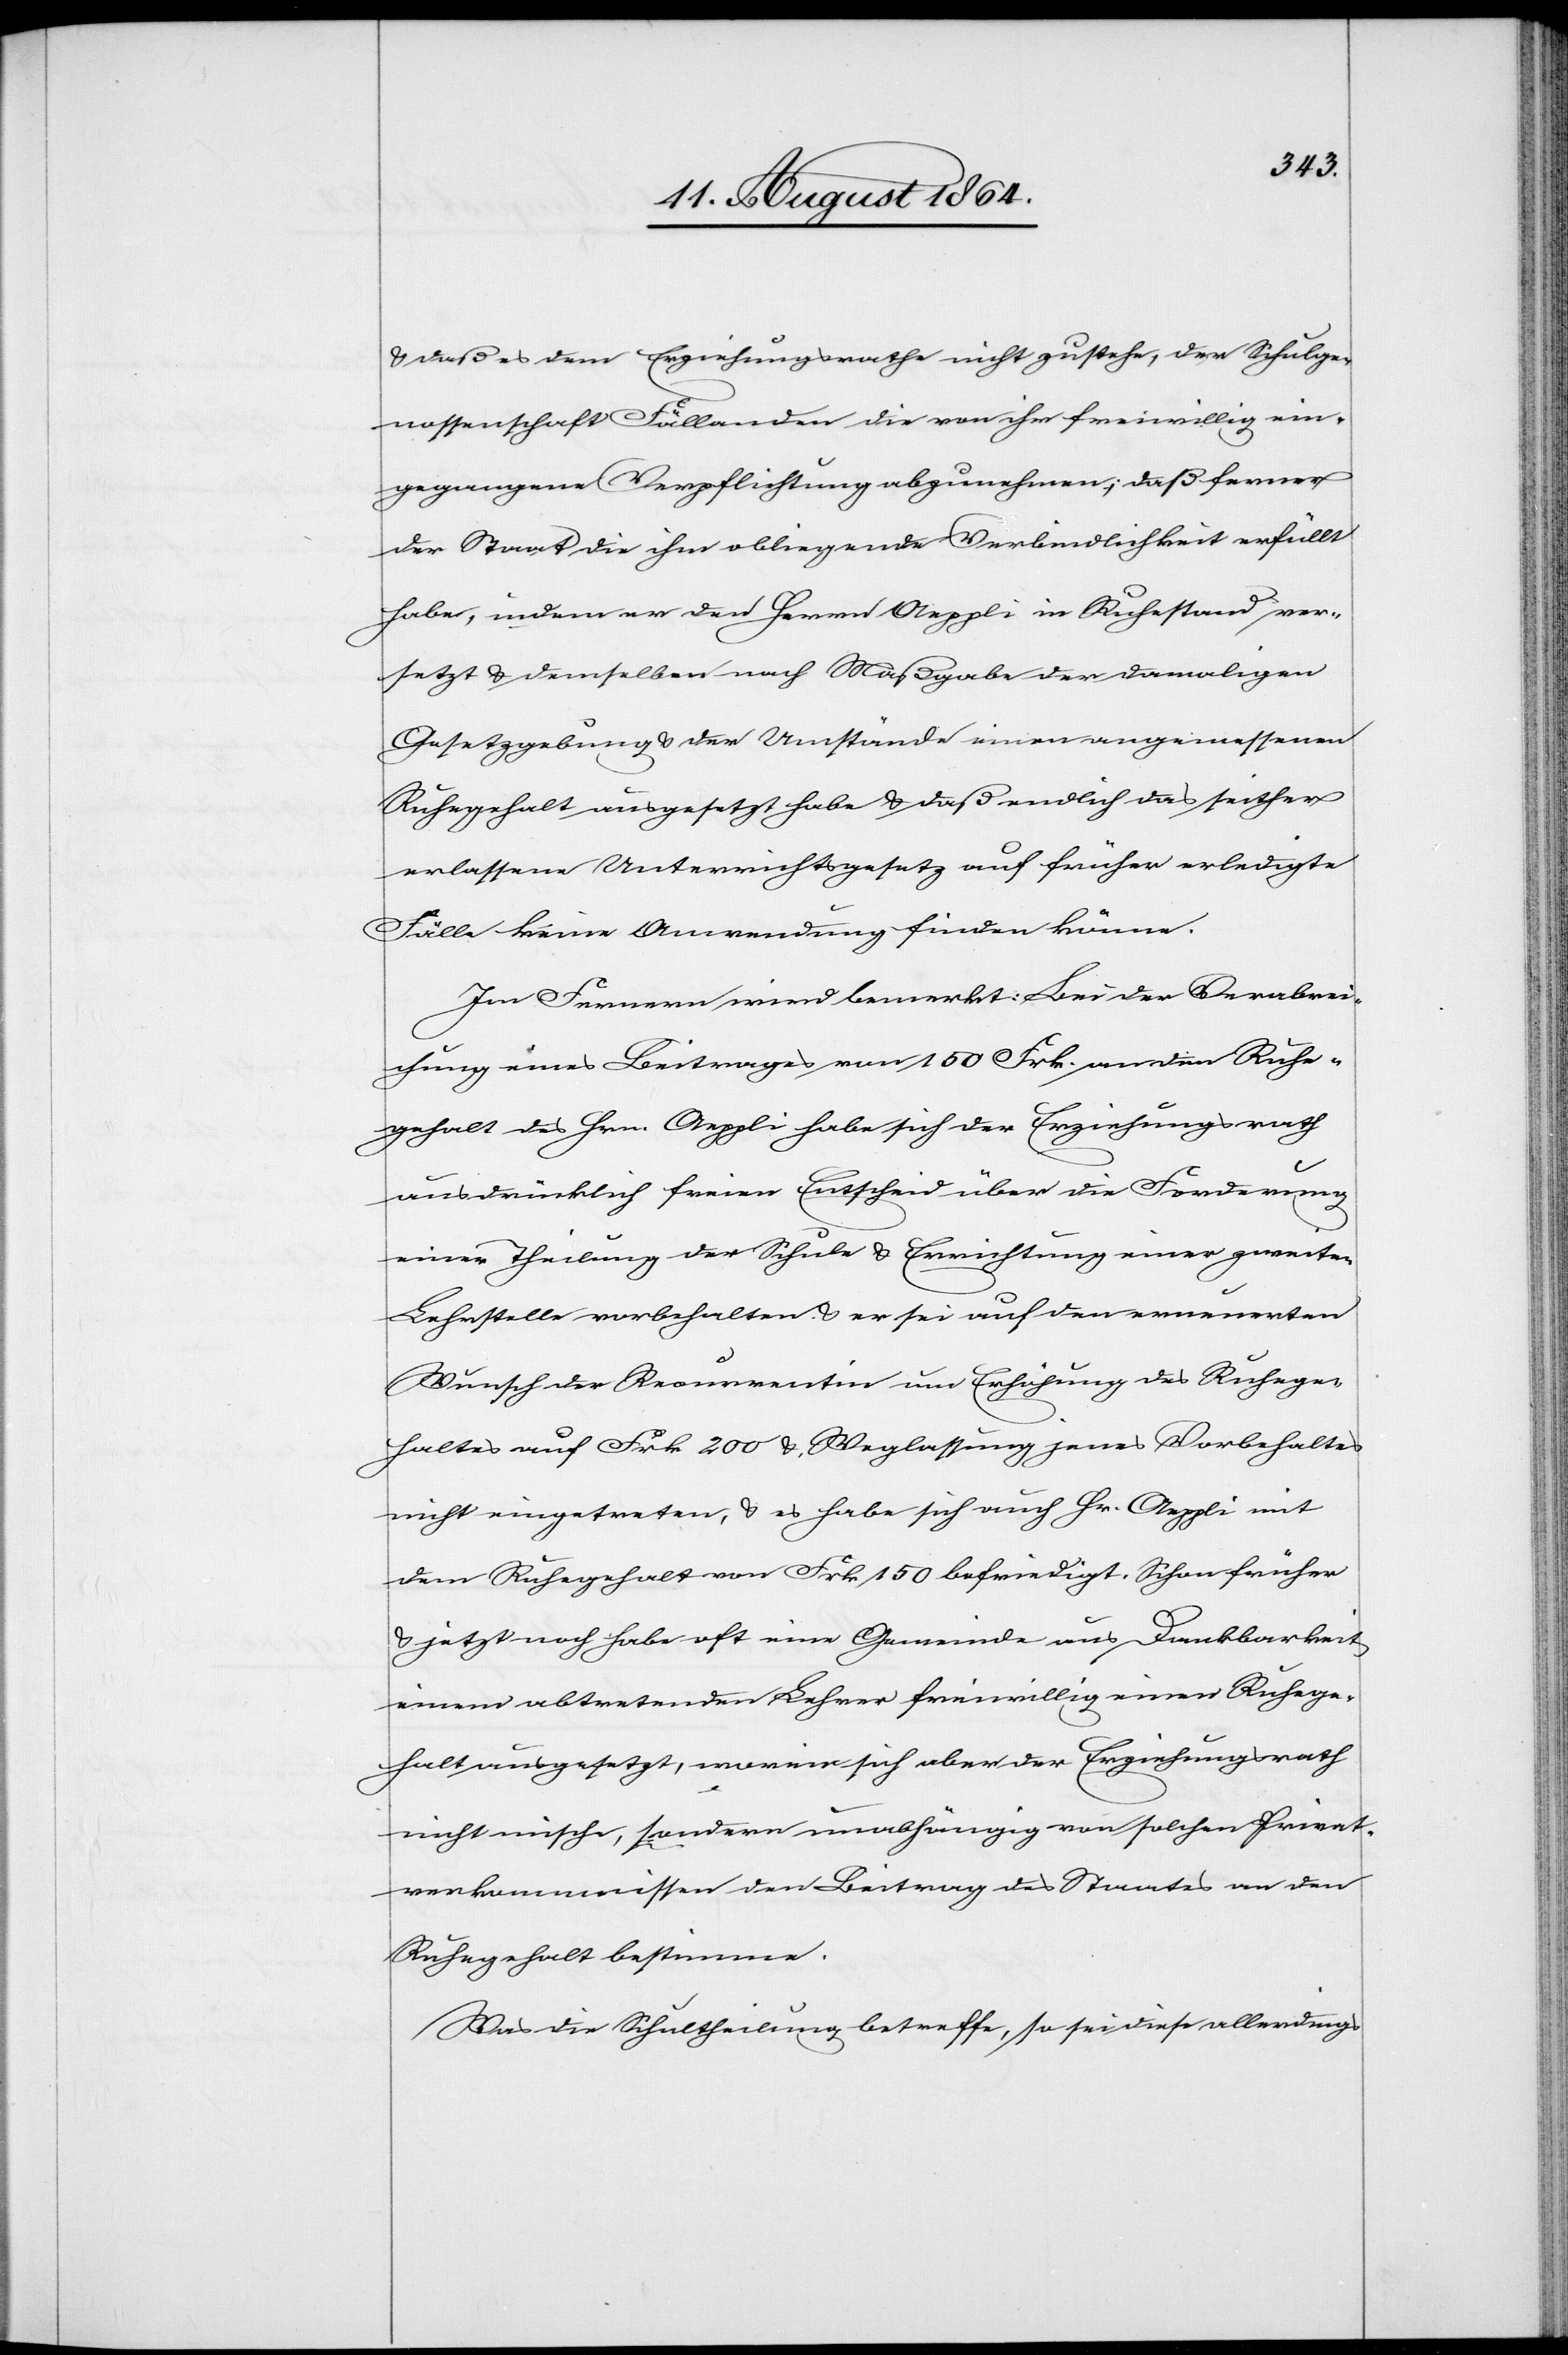
& daß es dem Erziehungsrathe nicht zustehe, der Schulge¬
nossenschaft Fällanden die von ihr freiwillig ein¬
gegangene Verpflichtung abzunehmen, daß ferner
der Staat die ihm obliegende Verbindlichkeit erfüllt
habe, indem er den Herrn Aeppli in Ruhestand ver¬
setzt & demselben nach Maßgabe der damaligen
Gesetzgebung & der Umstände einen angemessenen
Ruhegehalt ausgesetzt habe & daß endlich das seither
erlassene Unterrichtsgesetz auf früher erledigte
Fälle keine Anwendung finden könne.
Im Fernern wird bemerkt: Bei der Verabrei¬
chung eines Beitrages von 150 Frk. an den Ruhe¬
gehalt des Hrn. Aeppli habe sich der Erziehungsrath
ausdrücklich freien Entscheid über die Forderung
einer Theilung der Schule & Errichtung einer zweiten
Lehrstelle vorbehalten & er sei auf den erneuerten
Wunsch der Recurrentin um Erhöhung des Ruhege¬
haltes auf Frk. 200 & Weglassung jenes Vorbehaltes
nicht eingetreten, & es habe sich auch Hr. Aeppli mit
dem Ruhegehalt von Frk. 150 befriedigt. Schon früher
& jetzt noch habe oft eine Gemeinde aus Dankbarkeit
einem abtretenden Lehrer freiwillig einen Ruhege¬
halt ausgesetzt, worin sich aber der Erziehungsrath
nicht mische, sondern unabhängig von solchen Privat¬
verkommnissen [sic!] den Beitrag des Staates an den
Ruhegehalt bestimme.
Was die Schultheilung betreffe, so sei diese allerdings